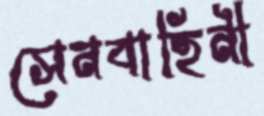
সেনবাহিনী